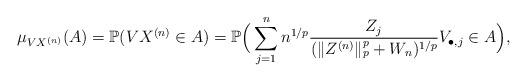
LaTeX: \begin{align*} \mu_{V X^{(n)}}(A) = \mathbb{P}(VX^{(n)} \in A) = \mathbb{P}\Big(\sum_{j=1}^n n^{1/p} \frac{Z_j}{(\lVert Z^{(n)} \rVert_p^p + W_n)^{1/p}} V_{\bullet,j} \in A\Big),\end{align*}